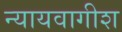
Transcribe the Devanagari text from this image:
न्यायवागीश